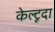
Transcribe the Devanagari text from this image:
केल्टूदा